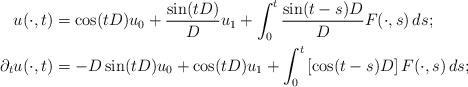
LaTeX: \begin{align*} u(\cdot,t) & = \cos (t D) u_0 + \frac{\sin (t D)}{D} u_1 + \int_0^t \frac{\sin (t-s) D}{D} F(\cdot, s)\, ds;\\ \partial_t u (\cdot,t) & = -D \sin (t D) u_0 + \cos (t D) u_1 + \int_0^t \left[\cos (t-s) D\right] F(\cdot, s)\, ds;\end{align*}